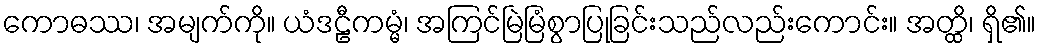
ကောဓဿ၊ အမျက်ကို။ ယံဒဠီကမ္မံ၊ အကြင်မြဲမြံစွာပြုခြင်းသည်လည်းကောင်း။ အတ္ထိ၊ ရှိ၏။